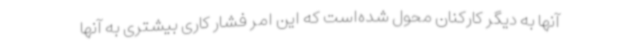
آنها به دیگر کارکنان محول شده‌است که این امر فشار کاری بیشتری به آنها